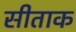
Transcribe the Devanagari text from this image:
सीताक